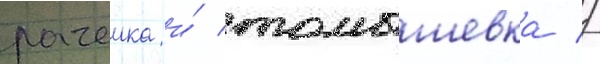
рачеика и́ томышевка //